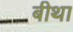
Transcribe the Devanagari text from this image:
बीथा